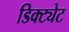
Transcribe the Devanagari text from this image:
डिक्ट्येट